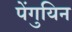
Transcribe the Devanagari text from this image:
पेंगुयिन